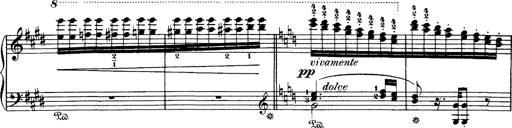
Title: Hungarian Rhapsody No.1
Composer: Franz Liszt
Key: C-sharp minor